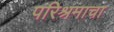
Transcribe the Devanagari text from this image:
परिश्रमाचा